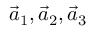
\vec { a } _ { 1 } , \vec { a } _ { 2 } , \vec { a } _ { 3 }